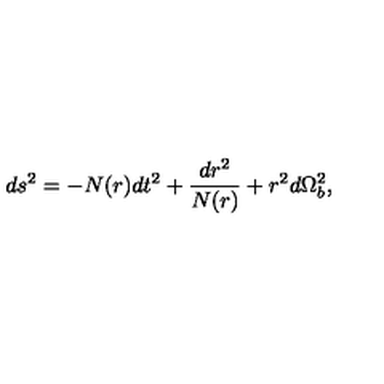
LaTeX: d s ^ { 2 } = - N ( r ) d t ^ { 2 } + \frac { d r ^ { 2 } } { N ( r ) } + r ^ { 2 } d \Omega _ { b } ^ { 2 } ,